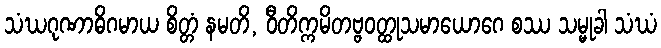
သံဃဂုဏာဓိဂမာယ စိတ္တံ နမတိ, ဝီတိက္ကမိတဗ္ဗဝတ္ထုသမာယောဂေ စဿ သမ္မုခါ သံဃံ